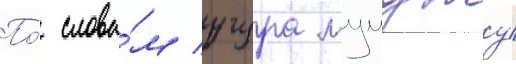
По́ слова́м угура мумджу